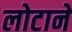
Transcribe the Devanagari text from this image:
लोटाने